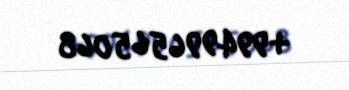
+994996565068